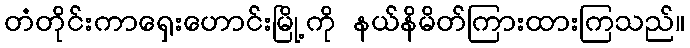
တံတိုင်းကာရှေးဟောင်းမြို့ကို နယ်နိမိတ်ကြားထားကြသည်။